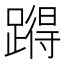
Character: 𰸪